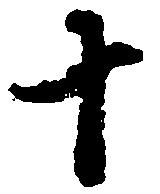
十